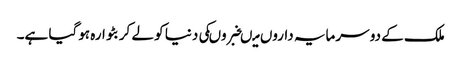
ملک کے دو سرمایہ داروں میںخبروںکی دنیا کو لے کر بٹوارہ ہوگیا ہے۔